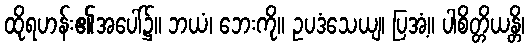
ထိုရဟန်း၏အပေါ်၌။ ဘယံ၊ ဘေးကို။ ဥပဒံသေယျ၊ ပြအံ့။ ပါစိတ္တိယန္တိ၊